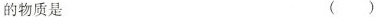
的物质是（）